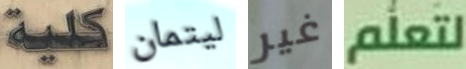
كلية ليتمان غير لتعلم